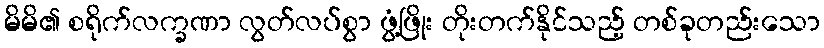
မိမိ၏ စရိုက်လက္ခဏာ လွတ်လပ်စွာ ဖွံ့ဖြိုး တိုးတက်နိုင်သည့် တစ်ခုတည်းသော